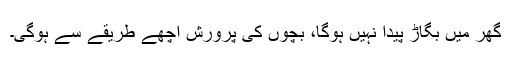
گھر میں بگاڑ پیدا نہیں ہوگا، بچوں کی پرورش اچھے طریقے سے ہوگی۔